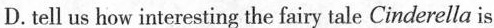
D.tell us how interesting the faicy tale Cinderella is